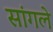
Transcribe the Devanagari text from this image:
सांगले